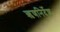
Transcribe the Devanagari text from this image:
ऋणनिर्देश